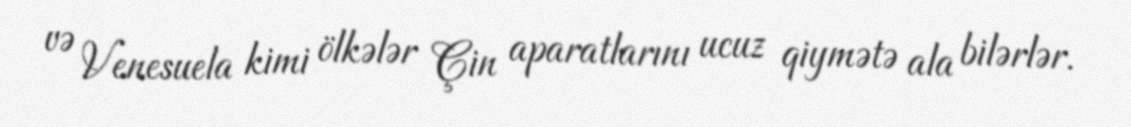
və Venesuela kimi ölkələr Çin aparatlarını ucuz qiymətə ala bilərlər.